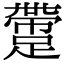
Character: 䠠